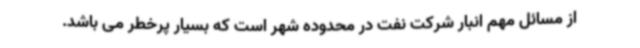
از مسائل مهم انبار شرکت نفت در محدوده شهر است که بسیار پرخطر می باشد.